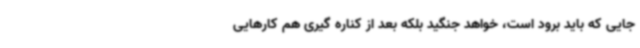
جایی که باید برود است، خواهد جنگید بلکه بعد از کناره گیری هم کارهایی